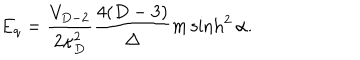
E _ { q } = { \frac { V _ { D - 2 } } { 2 \kappa _ { D } ^ { 2 } } } { \frac { 4 ( D - 3 ) } { \Delta } } m \sinh ^ { 2 } \alpha .